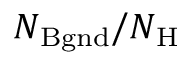
N _ { \mathrm { B g n d } } / N _ { \mathrm { H } }